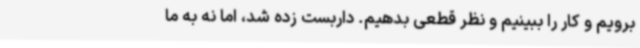
برویم و کار را ببینیم و نظر قطعی بدهیم. داربست زده شد، اما نه به ما